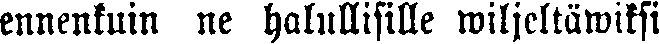
ennenkuin ne halullisille wiljeltäwiksi